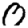
Digit: 0